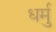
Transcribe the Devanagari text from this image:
धर्मु